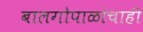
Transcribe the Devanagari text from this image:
बालगोपाळांचाही